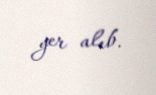
yer alıb.